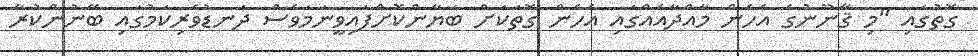
ގޮތުގައި "މި ޤާނޫނުގެ އެހެން މާއްދާއެއްގައި އެހެން ގޮތަކަށް ބަޔާންކޮށްފައިވީނަމަވެސް ދަނޑުވެރިކަމުގައި ބޭނުންކުރާ